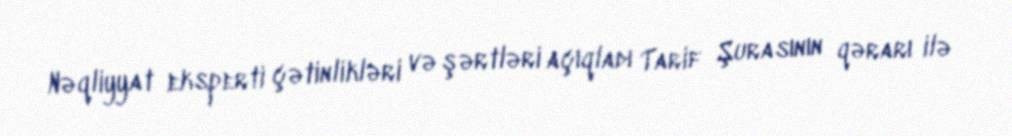
Nəqliyyat eksperti çətinlikləri və şərtləri açıqladı Tarif Şurasının qərarı ilə